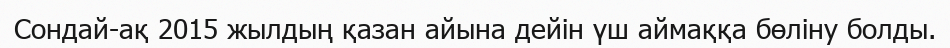
Сондай-ақ 2015 жылдың қазан айына дейін үш аймаққа бөліну болды.